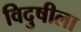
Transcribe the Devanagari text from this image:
विदुषीला